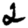
Digit: 2